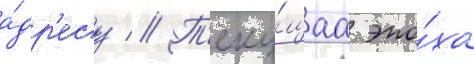
а́др'есу // Т'еку́щаа эпо́ха